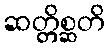
ဆတ္တိစ္ဆတိ